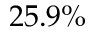
2 5 . 9 \%